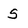
Character: S